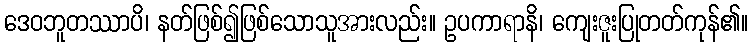
ဒေဝဘူတဿာပိ၊ နတ်ဖြစ်၍ဖြစ်သောသူအားလည်း။ ဥပကာရာနိ၊ ကျေးဇူးပြုတတ်ကုန်၏။